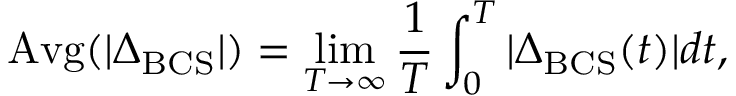
\mathrm { A v g } ( | \Delta _ { \mathrm { B C S } } | ) = \operatorname* { l i m } _ { T \to \infty } \frac { 1 } { T } \int _ { 0 } ^ { T } | \Delta _ { \mathrm { B C S } } ( t ) | d t ,